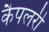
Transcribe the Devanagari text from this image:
कैपलरी